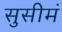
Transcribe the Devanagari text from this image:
सुसीमं